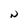
Character: N